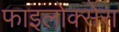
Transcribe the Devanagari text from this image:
फाइलोक्सेरा